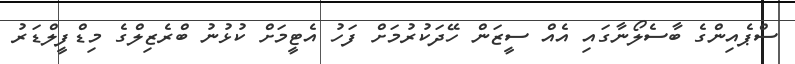
ސްޕެއިންގެ ބާސެލޯނާގައި އެއް ސީޒަން ހޭދަކުރުމަށް ފަހު އެޓީމަށް ކުޅުނު ބްރެޒިލްގެ މިޑްފީލްޑަރު